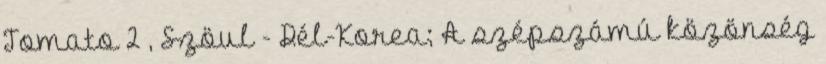
Tomato 2 , Szöul - Dél-Korea; A szépszámú közönség